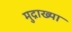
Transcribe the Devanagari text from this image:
मुद्राख्या